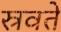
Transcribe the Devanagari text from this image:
स्रवते